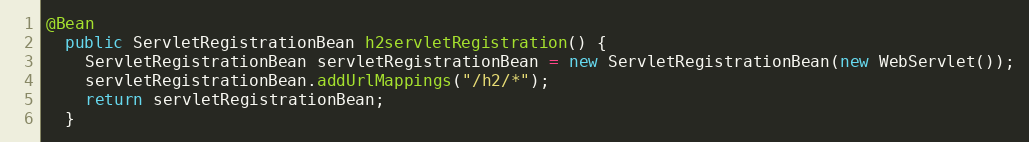
Language: Java
@Bean
  public ServletRegistrationBean h2servletRegistration() {
    ServletRegistrationBean servletRegistrationBean = new ServletRegistrationBean(new WebServlet());
    servletRegistrationBean.addUrlMappings("/h2/*");
    return servletRegistrationBean;
  }